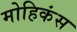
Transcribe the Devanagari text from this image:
मोहिकंस